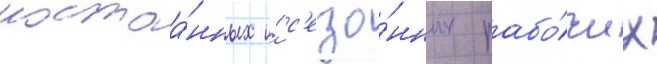
постоа́нных и́ с'езо́нных рабо́чих